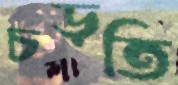
চড়তি